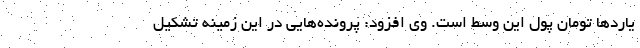
یاردها تومان پول این وسط است. وی افزود: پرونده‌هایی در این زمینه تشکیل